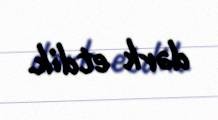
dərk etdik.